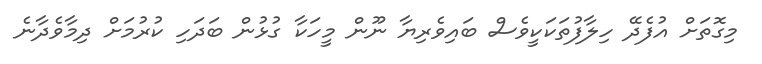
މިގޮތަށް އުފެދޭ ހިލާފުތަކަކީވެސް ބައިވެރިޔާ ނޫން މީހަކާ ގުޅުން ބަދަހި ކުރުމަށް ދިމާވެދާނެ